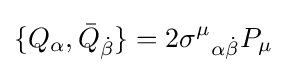
\{Q_{\alpha },{\bar {Q}}_{\dot {\beta }}\}=2{\sigma ^{\mu }}_{\alpha {\dot {\beta }}}P_{\mu }